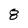
Character: 8